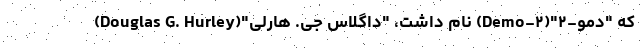
که "دمو-۲"(Demo-۲) نام داشت، "داگلاس جی. هارلی"(Douglas G. Hurley)